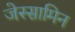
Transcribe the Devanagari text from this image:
जेस्सामिन